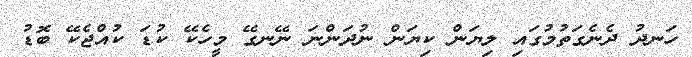
ހަނދު ދެނެގަތުމުގައި ލިޔަން ކިޔަން ނުދަންނަ ނޭނގޭ މީހެކޭ ކުޑަ ކުއްޖެކޭ ބޮޑު